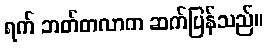
ရက် ဘတ်တလာက ဆက်ပြန်သည်။